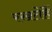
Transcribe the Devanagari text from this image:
रखतेहैं